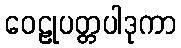
ဝေဠုပတ္တပါဒုကာ